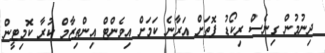
ދިނުމުން ގިނެސް ރިކޯޑު ފޮތަށް އަރާނެ ކަމަށް އިވެންޓް އިންތިޒާމް ކުރާ ކޮމިޓީން